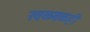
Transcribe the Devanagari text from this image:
खळबळही